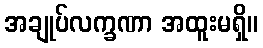
အချုပ်လက္ခဏာ အထူးမရှိ။